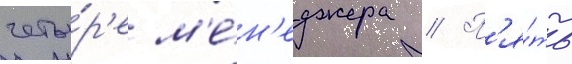
четы́р'е м'е́н'еджера // П'я́ть